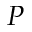
P